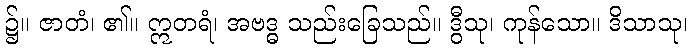
၌။ ဇာတံ၊ ၏။ ဣတရံ၊ အဗဒ္ဓ သည်းခြေသည်။ ဒွီသု၊ ကုန်သော။ ဒိသာသု၊